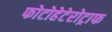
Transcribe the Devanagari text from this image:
फोटोहेटेरोट्राफ